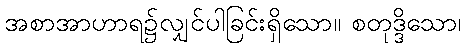
အစာအာဟာရ၌လျှင်ပါခြင်းရှိသော။ စတုဒ္ဒိသော၊